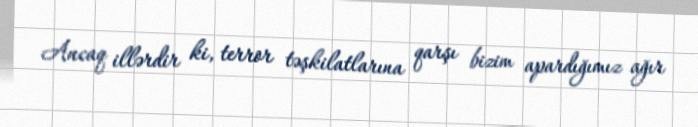
Ancaq illərdir ki, terror təşkilatlarına qarşı bizim apardığımız ağır